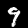
Label: 9